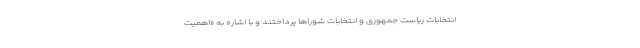
انتخابات ریاست جمهوری و انتخابات شوراها پرداختند و با اشاره به «اهمیت